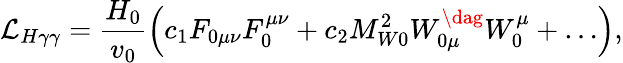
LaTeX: {\cal L}_{H\gamma\gamma}=\frac{H_{0}}{v_{0}}\left(c_{1}F_{0\mu\nu}F_{0}^{\mu\nu}+c_{2}M_{W0}^{2}W_{0\mu}^{\dag}W_{0}^{\mu}+\ldots\right),